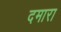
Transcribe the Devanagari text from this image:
दमारा